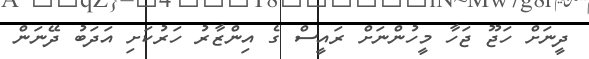
ދީނަށް ހަޖޫ ޖަހާ މީހުންނަށް ރައީސް ގެ އިންޒާރު ހަރުކަށި އަދަބު ދޭނަން